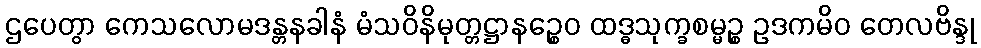
ဌပေတွာ ကေသလောမဒန္တနခါနံ မံသဝိနိမုတ္တဋ္ဌာနဉ္စေဝ ထဒ္ဓသုက္ခစမ္မဉ္စ ဥဒကမိဝ တေလဗိန္ဒု